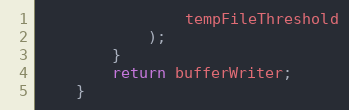
Language: Java
				tempFileThreshold
			);
		}
		return bufferWriter;
	}